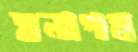
ঘনাগম